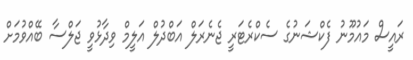
ރައީސް މައުމޫނު ފެކްޝަނުގެ ސެކްރެޓަރީ ޖެނެރަލް އަބްދުލް އަލީމް ވިދާޅުވީ ޖަލްސާ ބޭއްވުމަށް